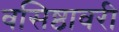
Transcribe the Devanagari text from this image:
वसिष्ठावरी